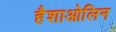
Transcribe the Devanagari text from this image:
हैशाओलिन